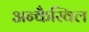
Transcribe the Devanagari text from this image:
अन्कैस्विल